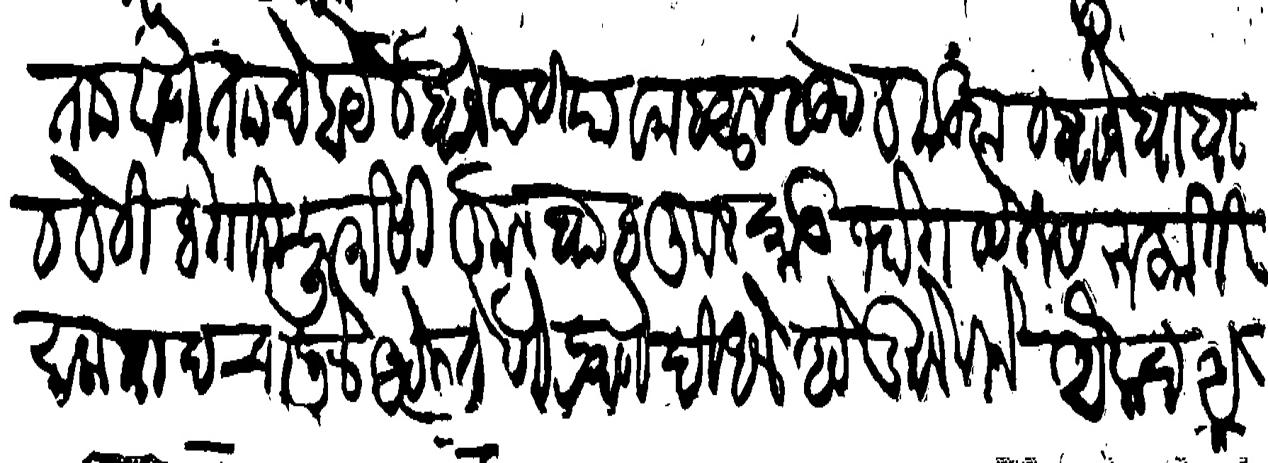
Transliteration (Devanagari): ताा ठाणे ताा देहाय व बाजे पटिया व महसूल व ऊट व कडबा व बाजे बाबा व वेठी बेगारी फर्मासी कुलबाब कुलकानू भोगवटे तसरुफाती सालाबाद चालिले असेली तेणेप्रमाणे दिधले आहे दुमाले कीजे औलाद अफलाद